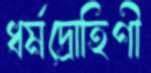
ধর্মদ্রোহিণী